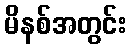
မိနစ်အတွင်း